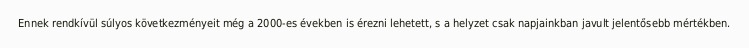
Ennek rendkívül súlyos következményeit még a 2000-es években is érezni lehetett, s a helyzet csak napjainkban javult jelentősebb mértékben.